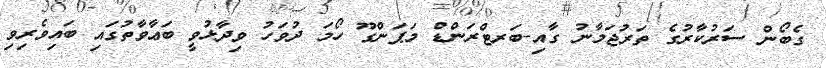
ގެބޯން ސަރުކާރުގެ ތަރުޖަމާނު ގާއި-ބަރޓްރަންޑް މަޕަންގޫ ހޯމަ ދުވަހު ވިދާޅުވީ ބަޢާވާތުގައި ބައިވެރިވި